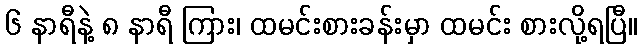
၆ နာရီနဲ့ ၈ နာရီ ကြား၊ ထမင်းစားခန်းမှာ ထမင်း စားလို့ရပြီ။